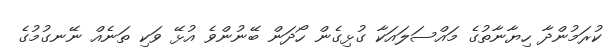
ކުރަމުންދާ ހިޔާނާތުގެ މައްސަލައަކާ ގުޅިގެން ހޯދަން ބޭނުންވެ އުޅޭ ވަކި ތަނެއް ނޭނގުމުގެ